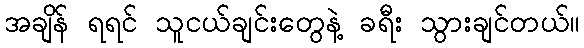
အချိန် ရရင် သူငယ်ချင်းတွေနဲ့ ခရီး သွားချင်တယ်။